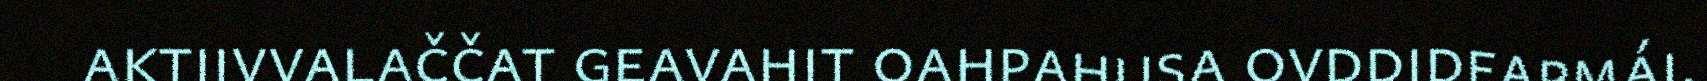
aktiivvalaččat geavahit oahpahusa ovddideapmái.